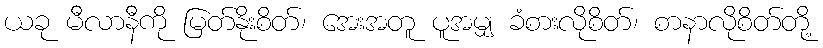
ယခု မီလာနီကို မြတ်နိုးစိတ်၊ အေးအတူ ပူအမျှ ခံစားလိုစိတ်၊ စာနာလိုစိတ်တို့